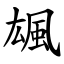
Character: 䫺